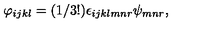
\varphi _ { i j k l } = ( 1 / 3 ! ) \epsilon _ { i j k l m n r } \psi _ { m n r } ,